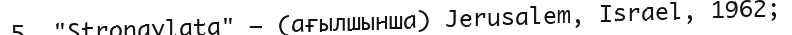
5. "Strongylata" — (ағылшынша) Jerusalem, Israel, 1962;